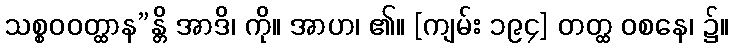
သစ္စဝဝတ္ထာန”န္တိ အာဒိ၊ ကို။ အာဟ၊ ၏။ [ကျမ်း ၁၉၄] တတ္ထ ဝစနေ၊ ၌။